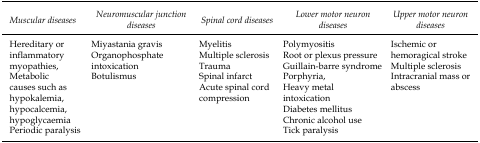
| Muscular diseases | Neuromuscular junction diseases | Spinal cord diseases | Lower motor neuron diseases | Upper motor neuron diseases |
 | --- | --- | --- | --- | --- |
 | Hereditary or inflammatory myopathies, Metabolic causes such as hypokalemia, hypocalcemia, hypoglycaemia Periodic paralysis | Miyastania gravis Organophosphate intoxication Botulismus | Myelitis Multiple sclerosis Trauma Spinal infarct Acute spinal cord compression | Polymyositis Root or plexus pressure Guillain-barre syndrome Porphyria, Heavy metal intoxication Diabetes mellitus Chronic alcohol use Tick paralysis | Ischemic or hemoragical stroke Multiple sclerosis Intracranial mass or abscess |